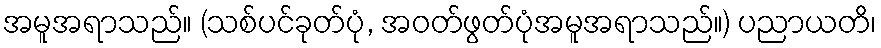
အမူအရာသည်။ (သစ်ပင်ခုတ်ပုံ, အဝတ်ဖွတ်ပုံအမူအရာသည်။) ပညာယတိ၊